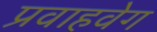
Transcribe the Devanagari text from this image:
प्रवाहवेग